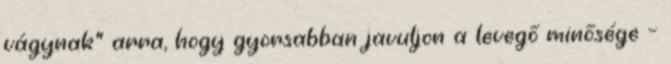
vágynak” arra, hogy gyorsabban javuljon a levegő minősége –